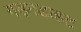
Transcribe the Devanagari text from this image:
गड़गडाहट